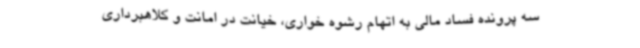
سه پرونده فساد مالی به اتهام رشوه خواری، خیانت در امانت و کلاهبرداری